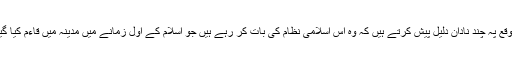
اس موقع پہ چند نادان دلیل پیش کرتے ہیں کہ وہ اس اسلامی نظام کی بات کر رہے ہیں جو اسلام کے اول زمانے میں مدینہ میں قاءم کیا گیا تھا۔